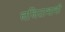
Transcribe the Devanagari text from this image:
ललिताभाभी